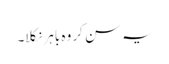
یہ سن کر وہ باہر نکلا۔